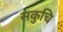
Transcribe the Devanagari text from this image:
सकुचि